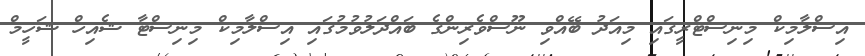
އިސްލާމިކް މިނިސްޓްރީގައި މިއަދު ބޭއްވި ނޫސްވެރިންގެ ބައްދަލުވުމުގައި އިސްލާމިކް މިނިސްޓާ ޝެއިހް ޝަހީމް